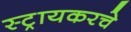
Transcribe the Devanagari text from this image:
स्ट्रायकरचे